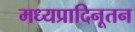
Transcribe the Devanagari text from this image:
मध्यप्रादिनूतन